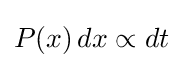
P(x)\,dx\propto dt